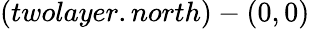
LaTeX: (twolayer.north)-(0,0)